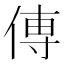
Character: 𫝊